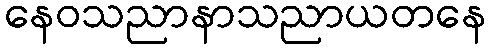
နေဝသညာနာသညာယတနေ